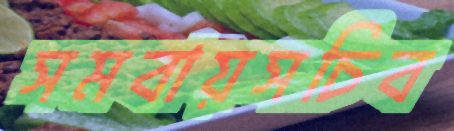
সমবায়সচিব